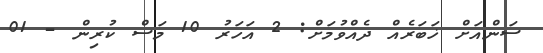
ސަންއަށް ޚަބަރެއް ދެއްވުމަށް: 2 އަހަރު 10 މަސް ކުރިން - 01